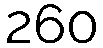
260